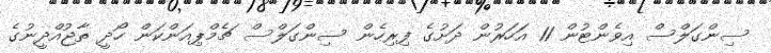
ސިންގަލްސް އިވެންޓުން 11 އަހަރުން ދަށުގެ ފިރިހެން ސިންގަލްސް ޗެމްޕިއަންކަން ހޯދީ ތާޖުއްދީނުގެ